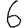
Digit: 6